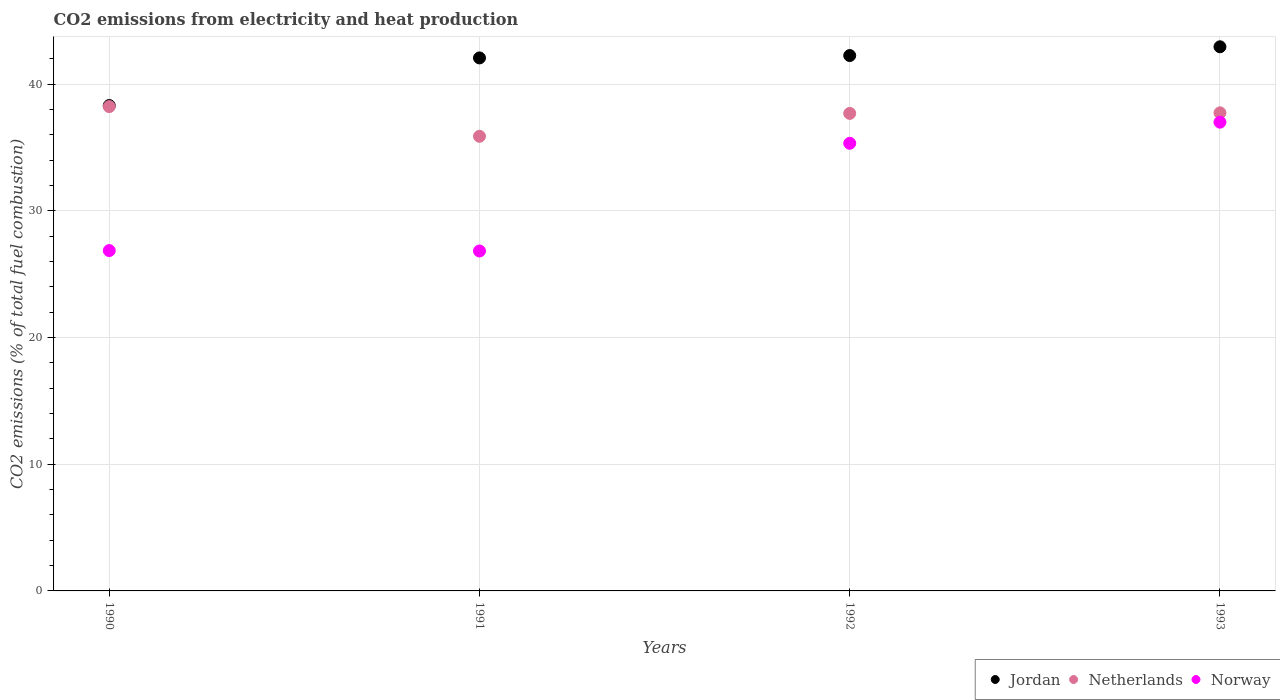
| Years | Jordan | Netherlands | Norway |
 | --- | --- | --- | --- |
 | 1990 | 38.3 | 38.2 | 26.9 |
 | 1991 | 42.1 | 35.9 | 26.8 |
 | 1992 | 42.3 | 37.7 | 35.3 |
 | 1993 | 42.9 | 37.7 | 37 |